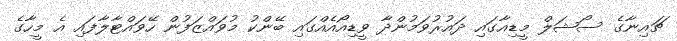
ޗައިނާގެ ސޯޝަލް މީޑިއާގައި ދައުރުވަމުންދާ ވީޑިއޯއެއްގައި ބޭންކު މުވައްޒަފުން ހޭވައްޓާލާފައި އެ މީހާގެ